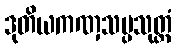
ဒုတိယကဏှသပ္ပသုတ္တံ